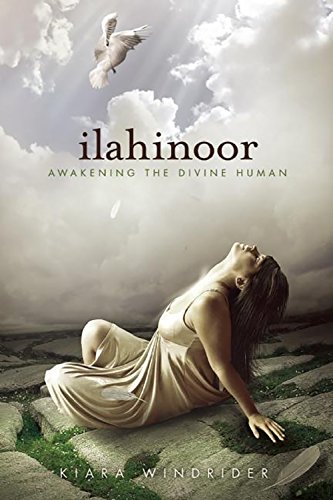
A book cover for Ilahinoor: Awakening the Divine Human; Kiara Windrider; Religion & Spirituality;